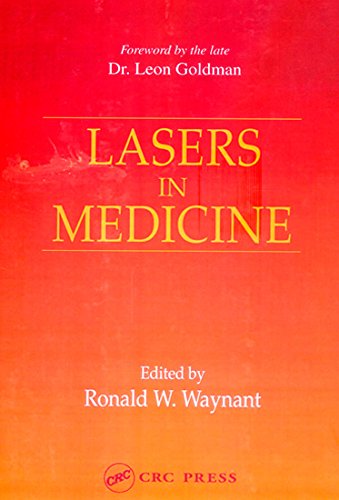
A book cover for Lasers in Medicine; Medical Books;